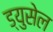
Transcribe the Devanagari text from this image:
ड्युसेल